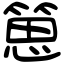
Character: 𥯨